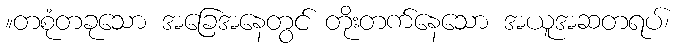
။တစုံတခုသော အခြေအနေတွင် တိုးတက်နေသော အယူအဆတရပ်၊